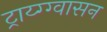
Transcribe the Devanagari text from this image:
ट्राय्ग्ग्वासन